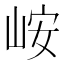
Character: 峖